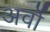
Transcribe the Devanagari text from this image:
अर्वो